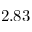
2 . 8 3